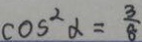
\cos ^ { 2 } \alpha = \frac { 3 } { 8 }